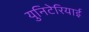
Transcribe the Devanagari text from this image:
युनिटेरियाई